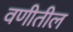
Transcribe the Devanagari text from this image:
वणीतील